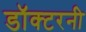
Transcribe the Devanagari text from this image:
डॉक्टरनी